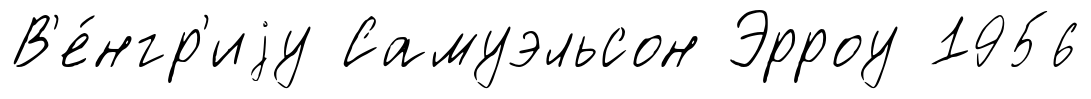
В'е́нгр'иjу Самуэльсон Эрроу 1956